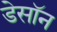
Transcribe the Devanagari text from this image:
डेसॉन